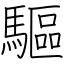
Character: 驅